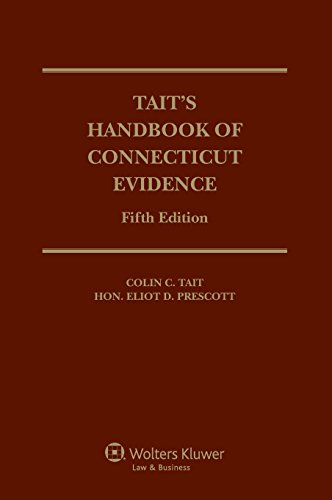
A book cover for Tait's Handbook of Connecticut Evidence, Fifth Edition; Colin C. Tait; Law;